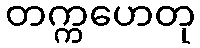
တက္ကဟေတု